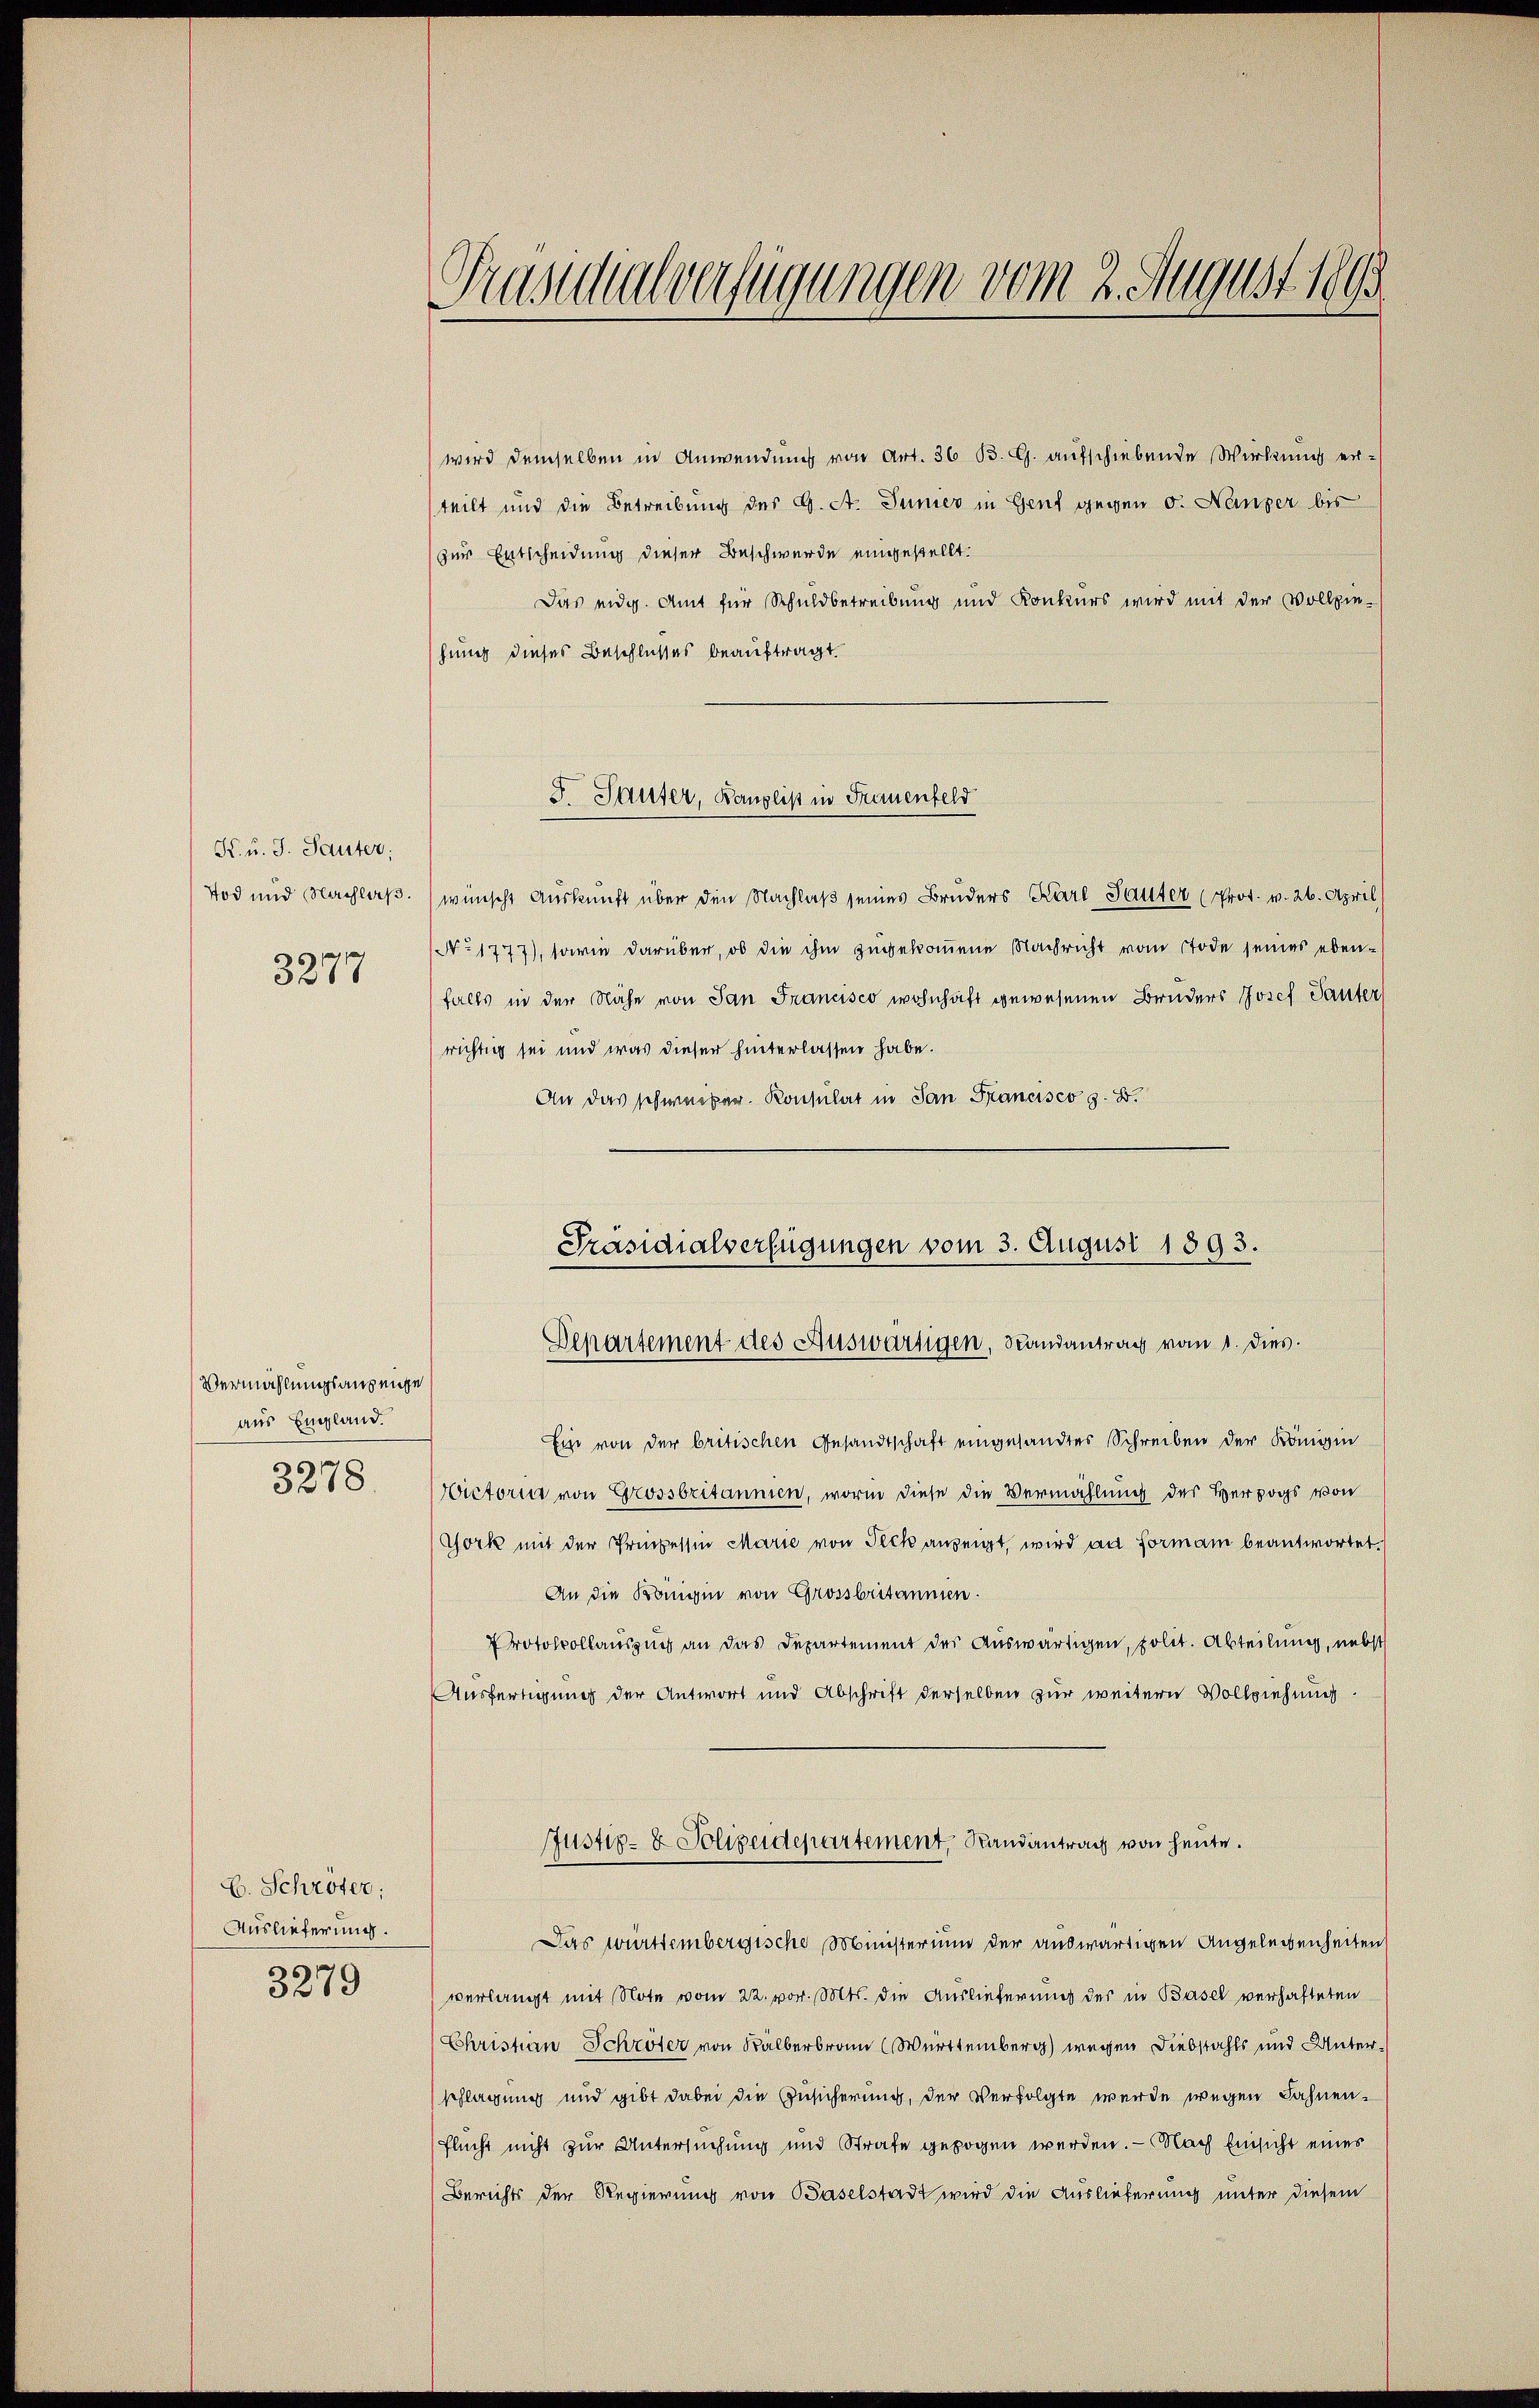
K. u. J. Sauter;

3277

Vermählungsanzeige
aus England.
3278.

C. Schröter;
Auslieferung.
3279

Präsidialverfügungen vom 2. August 1899

wird demselben in Anwendung von Art. 36 B. G. aufschiebende Wirkung erteilt und die Betreibung der G. A. Junier in Genf gegen 5. Nanzer bis
zur Entscheidung dieser Beschwerde eingestellt.
Das eidg. Amt für Schuldbetreibung und Konkurs wird mit der Vollziehung dieses Beschlusses beauftragt.
Tod und Nachlaß. wünscht Auskunft über den Nachlaß seines Bruders Karl Sauter (Prot. v. 26. April
(No 1777), sowie darüber, ob die ihm zugekommene Nachricht vom Tode seines ebenfalls in der Nähe von San Francisco wohnhaft gewesenen Bruders Josef Sauter
richtig sei und was dieser hinterlassen habe.
An das schweizer. Konsulat in San Francisco z. B.
Präsidialverfügungen vom 3. August 1893.

S. Sauter, Kanzlist in Frauenfeld

Departement des Auswärtigen, Randantrag vom 1. dies

Ein von der britischen Gesandtschaft eingesandtes Schreiben der Königin
Victoria von Grossbritannien, worin diese die Vermählung des Herzogs von
York mit der Prinzessin Marie von Teck anzeigt, wird an Formann beantwortet.
An die Königin von Grossbritannien.
Protokollauszug an das Departement des Auswärtigen, polit. Abteilung, nebst
Ausfertigung der Antwort und Abschrift derselben zur weitern Vollziehung.
Justiz- & Polizeidepartement, Randantrag von heute.
Das württembergische Ministerium der auswärtigen Angelegenheiten
verlangt mit Note vom 22. vor. Mts. die Auslieferung der in Basel verhafteten
Christian Schröter von Kälberbrann Württemberg wegen Diebstahls und Unterschlagung und gibt dabei die Zusicherung, der Verfolgte wurde wegen Fahnen¬
Flucht nicht zur Untersuchung und Strafe gezogen werden. — Nach Einsicht eines
Berichts der Regierung von Baselstadt wird die Auslieferung unter diesem